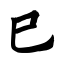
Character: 巳